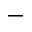
^ -